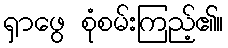
ရှာဖွေ စုံစမ်းကြည့်၏။